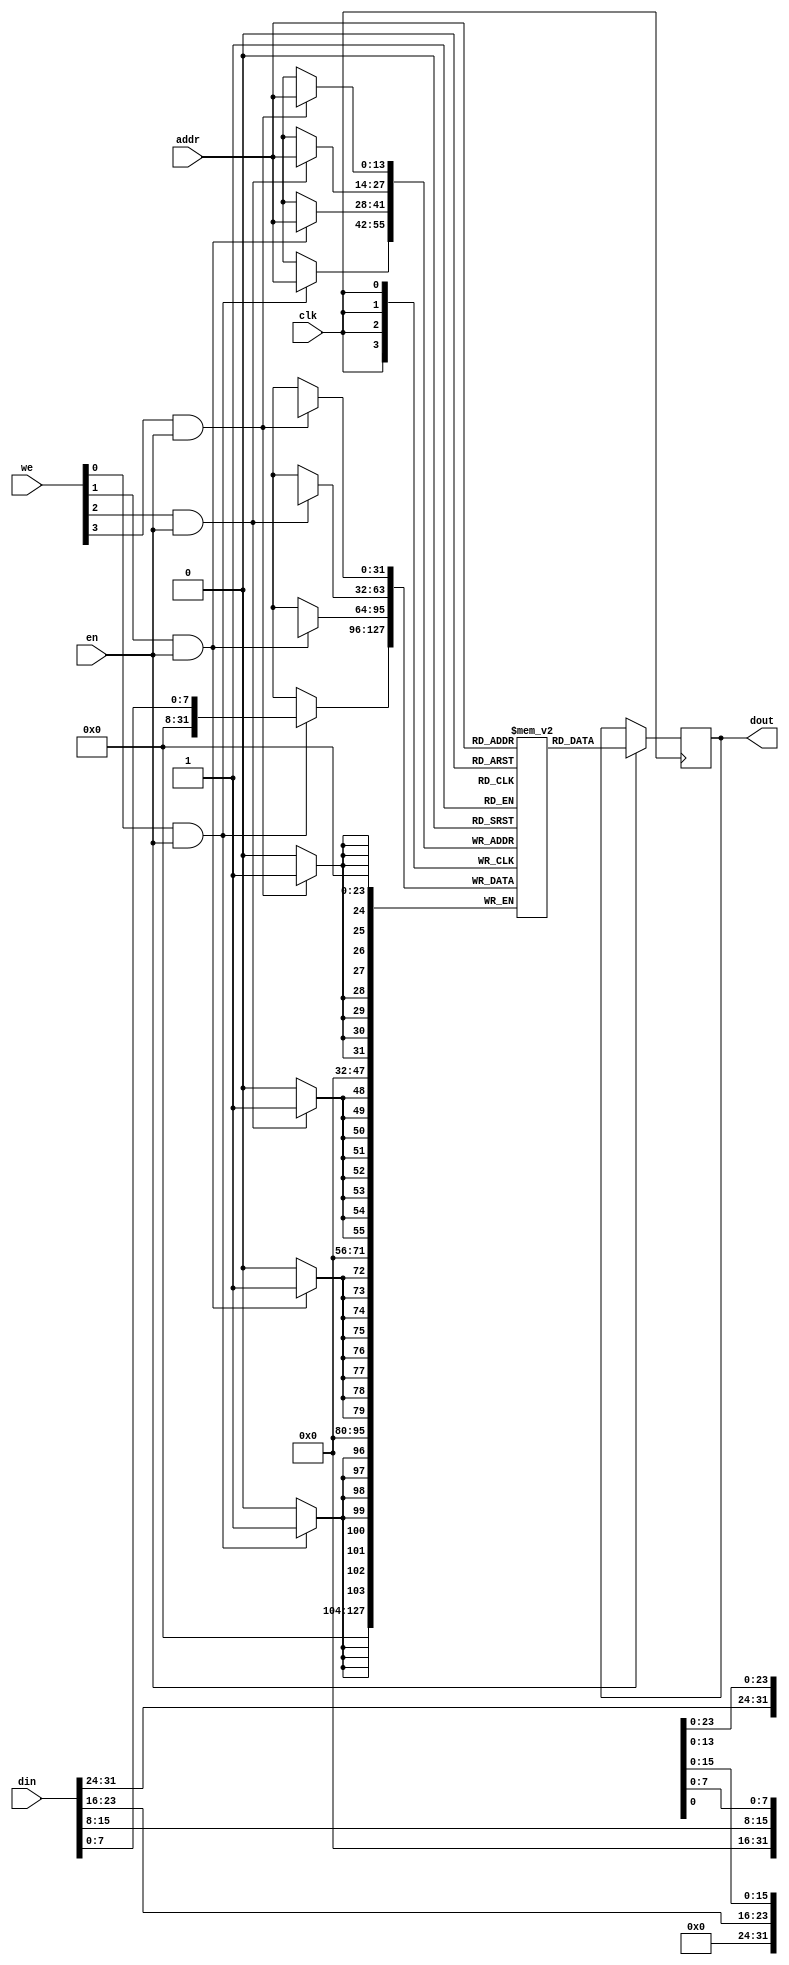
// This program was cloned from: https://github.com/AleksandarLilic/ama-riscv
// License: GNU General Public License v3.0

module ama_riscv_dmem (
    input  wire        clk,
    input  wire        en,
    input  wire [ 3:0] we,
    input  wire [13:0] addr,
    input  wire [31:0] din,
    output reg  [31:0] dout
);

reg  [31:0] mem[16384-1:0];

// dmem read
always @(posedge clk) begin
    if (en) dout <= mem[addr];
end

// dmem write with byte enable
genvar i;
generate for (i = 0; i < 4; i = i+1) begin
    always @(posedge clk) begin
        if (we[i] && en) mem[addr][i*8 +: 8] <= din[i*8 +: 8];
        end
    end 
endgenerate

endmodule